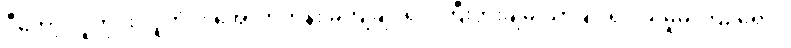
ဒီတော့ လူတိုင်း လူတိုင်း အောက်တန်း မကျချင်ရင် ကြီးပွားချမ်းသာချင်ရင် ခိုးမှုမှ ကြဉ်ရှောင်